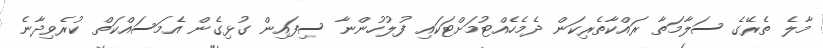
މާލެ ތެރޭގެ ސަލާމަތާ ރައްކާތެރިކަން ދެމެހެއްޓުމަށްޓަކައި ފުލުހުންނާ ސިފައިން ގުޅިގެން އެމަސައްކަތް ކުރެވިދާނެ